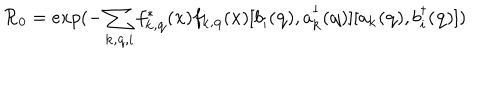
{ \mathcal { R } } _ { 0 } = e x p ( - \sum _ { { \bf { k } } , { \bf { q } } , i } f _ { { \bf { k } } , { \bf { q } } } ^ { * } ( { \bf { x } } ) f _ { { \bf { k } } , { \bf { q } } } ( { \bf { x } } ) [ b _ { i } ( { \bf { q } } ) , a _ { { \bf { k } } } ^ { \dagger } ( { \bf { q } } ) ] [ a _ { { \bf { k } } } ( { \bf { q } } ) , b _ { i } ^ { \dagger } ( { \bf { q } } ) ] )